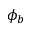
\phi _ { b }